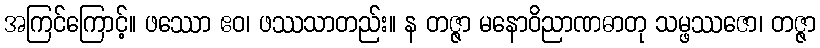
အကြင်ကြောင့်။ ဖဿော ဧဝ၊ ဖဿသာတည်း။ န တဇ္ဇာ မနောဝိညာဏဓာတု သမ္ဖဿဇော၊ တဇ္ဇာ